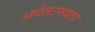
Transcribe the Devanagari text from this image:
अर्धतटस्थता